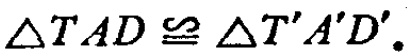
$\triangle TAD\cong\triangle T'A'D'.$